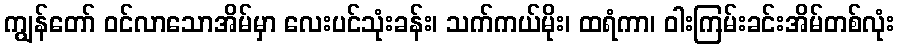
ကျွန်တော် ဝင်လာသောအိမ်မှာ လေးပင်သုံးခန်း၊ သက်ကယ်မိုး၊ ထရံကာ၊ ဝါးကြမ်းခင်းအိမ်တစ်လုံး